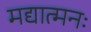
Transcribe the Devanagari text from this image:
मद्यात्मनः